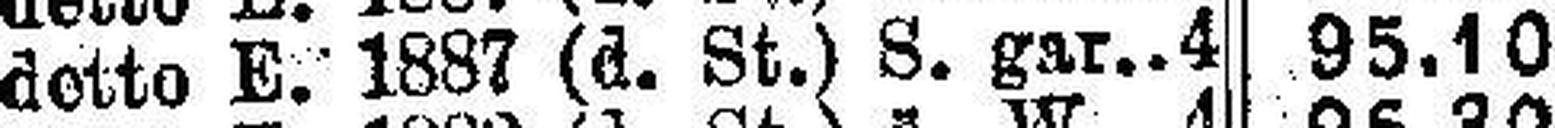
detto E. 1887 (d. St.) S. gar.4